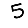
Digit: 5